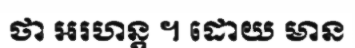
ថា អរហន្ត ។ ដោយ មាន